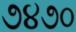
૭૪૭૦